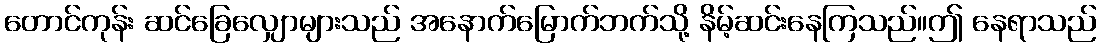
တောင်ကုန်း ဆင်ခြေလျှောများသည် အနောက်မြောက်ဘက်သို့ နိမ့်ဆင်းနေကြသည်။ဤ နေရာသည်